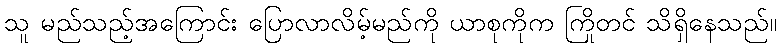
သူ မည်သည့်အကြောင်း ပြောလာလိမ့်မည်ကို ယာစုကိုက ကြိုတင် သိရှိနေသည်။